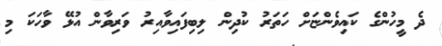
ދެ މީހުންގެ ކައިވެންޏަށް ހަތަރު ކުދިން ލިބިފައިވާއިރު ވަރިވާން އުޅޭ ވާހަކަ މި